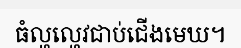
ធំល្ហល្ហេវជាប់ជើងមេឃ។